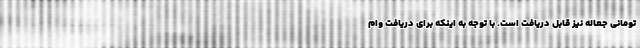
تومانی جعاله نیز قابل دریافت است. با توجه به اینکه برای دریافت وام